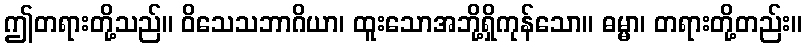
ဤတရားတို့သည်။ ဝိသေသဘာဂိယာ၊ ထူးသောအဘို့ရှိကုန်သော။ ဓမ္မာ၊ တရားတို့တည်း။